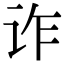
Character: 诈